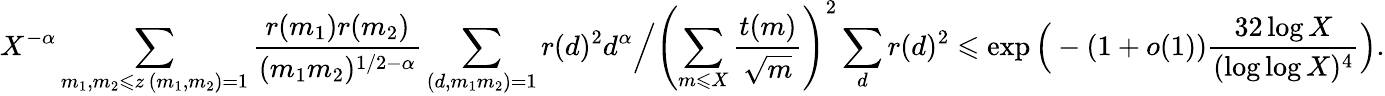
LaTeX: X^{-\alpha}\sum_{\substack{m_{1},m_{2}\leqslant z\, (m_{1},m_{2})=1}}\frac{r(m_{1})r(m_{2})}{(m_{1}m_{2})^{1/2-\alpha}}\sum_{(d,m_{1}m_{2})=1}r(d)^{2}d^{\alpha}\Big/\left(\sum_{m\leqslant X}\frac{t(m)}{\sqrt{m}}\right)^{2}\sum_{d}r(d)^{2}\leqslant\exp\Big(-(1+o(1))\frac{32\log X}{(\log\log X)^{4}}\Big).